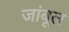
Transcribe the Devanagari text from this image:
जांबूल